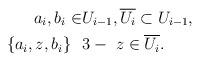
LaTeX: \begin{align*} a_i, b_i \in &U_{i-1},\overline{U_{i}} \subset U_{i-1}, \\ \{ a_i, z, b_i \} \ \ &3- \ z \in \overline{U_i}. \end{align*}